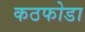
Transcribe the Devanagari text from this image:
कठफोडा